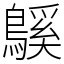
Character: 䳶